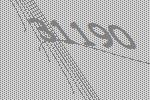
31190